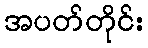
အပတ်တိုင်း